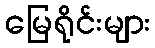
မြေရိုင်းများ